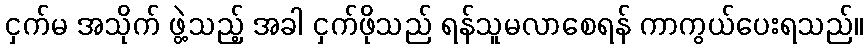
ငှက်မ အသိုက် ဖွဲ့သည့် အခါ ငှက်ဖိုသည် ရန်သူမလာစေရန် ကာကွယ်ပေးရသည်။